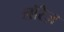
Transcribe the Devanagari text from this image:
लॉरेज़